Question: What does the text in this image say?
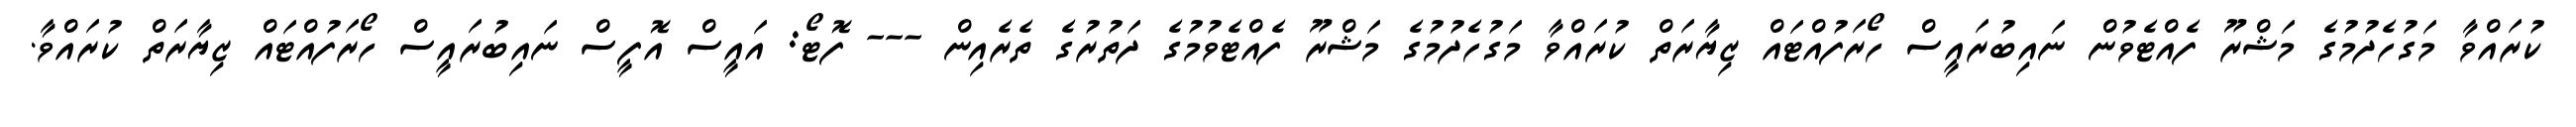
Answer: ކުރައްވާ މަގުހެދުމުގެ މަޝްރޫ ފެއްޓެވުން ނައިބުރައީސް ހޯރަފުއްޓައް ޒިޔާރަތް ކުރައްވާ މަގުހެދުމުގެ މަޝްރޫ ފެއްޓެވުމުގެ ދަތުރުގެ ތެރެއިން --- ފޮޓޯ: އައީސް އޮފީސް ނައިބުރައީސް ހޯރަފުއްޓައް ޒިޔާރަތް ކުރައްވާ.